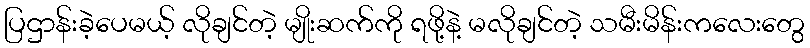
ပြဌာန်းခဲ့ပေမယ့် လိုချင်တဲ့ မျိုးဆက်ကို ရဖို့နဲ့ မလိုချင်တဲ့ သမီးမိန်းကလေးတွေ